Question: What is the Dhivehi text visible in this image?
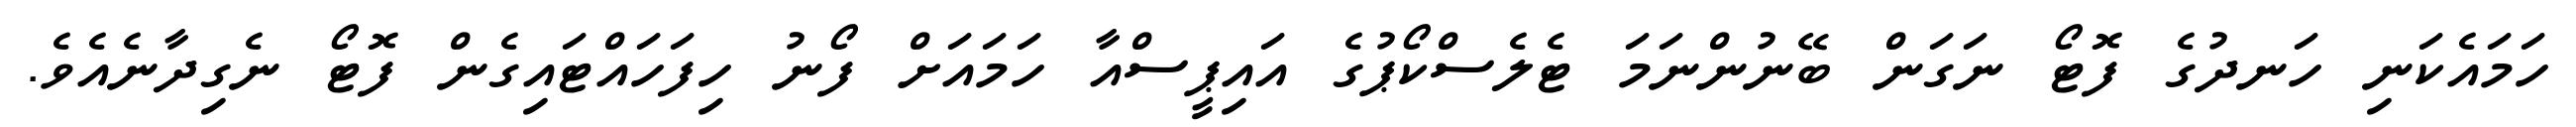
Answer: ހަމައެކަނި ހަނދުގެ ފޮޓޯ ނަގަން ބޭނުންނަމަ ޓެލެސްކޯޕުގެ އައިޕީސްއާ ހަމައަށް ފޯނު ހިފަހައްޓައިގެން ފޮޓޯ ނެގިދާނެއެވެ.